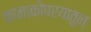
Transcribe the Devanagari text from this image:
कानाकोपरयातुन्